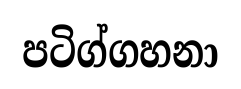
පටිග්ගහනා